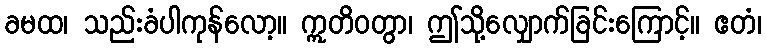
ခမထ၊ သည်းခံပါကုန်လော့။ ဣတိဝတွာ၊ ဤသို့လျှောက်ခြင်းကြောင့်။ ဧတံ၊